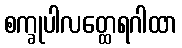
စက္ခုပါလတ္ထေရဂါထာ